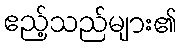
ဧည့်သည်များ၏